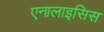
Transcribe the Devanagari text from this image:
एनालाइसिस